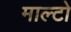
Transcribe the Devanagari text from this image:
माल्टो